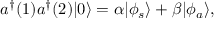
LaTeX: a ^ { \dagger } ( 1 ) a ^ { \dagger } ( 2 ) | 0 \rangle = \alpha | \phi _ { s } \rangle + \beta | \phi _ { a } \rangle ,